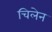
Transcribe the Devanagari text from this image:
चिलेन